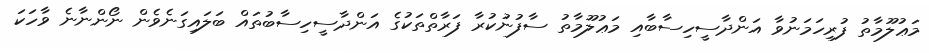
މަޢުލޫމާތު ފުރިހަމަނުވާ އަންދާސީހިސާބާއި މަޢުލޫމާތު ސާފުނުކުރާ ފަރާތްތަކުގެ އަންދާސީހިސާބުތައް ބަލައިގަނެވެން ނޯންނާނެ ވާހަކަ